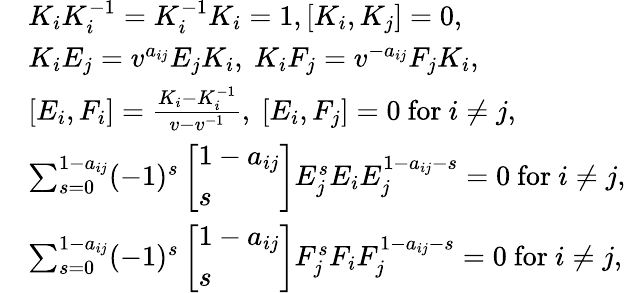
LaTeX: \begin{array}{rl}&{K_{i}K_{i}^{-1}=K_{i}^{-1}K_{i}=1,[K_{i},K_{j}]=0,}\\ &{K_{i}E_{j}=v^{a_{ij}}E_{j}K_{i},\ K_{i}F_{j}=v^{-a_{ij}}F_{j}K_{i},}\\ &{[E_{i},F_{i}]=\frac{K_{i}-K_{i}^{-1}}{v-v^{-1}},\ [E_{i},F_{j}]=0\ \textrm{for}\ i\not=j,}\\ &{\sum_{s=0}^{1-a_{ij}}(-1)^{s}\left[\begin{array}{l}{1-a_{ij}}\\ {s}\end{array}\right]E_{j}^{s}E_{i}E_{j}^{1-a_{ij}-s}=0\ \textrm{for}\ i\not=j,}\\ &{\sum_{s=0}^{1-a_{ij}}(-1)^{s}\left[\begin{array}{l}{1-a_{ij}}\\ {s}\end{array}\right]F_{j}^{s}F_{i}F_{j}^{1-a_{ij}-s}=0\ \textrm{for}\ i\not=j,}\end{array}